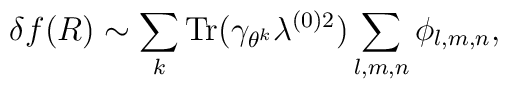
\delta f(R) \sim \sum_{k} \mbox{Tr}(\gamma_{\theta^k} \lambda^{(0)2}) \sum_{l,m,n}\phi_{l,m,n},